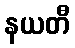
နယတီ